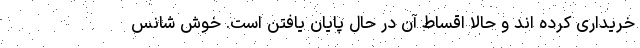
خریداری کرده اند و حالا اقساط آن در حال پایان یافتن است. خوش شانس